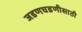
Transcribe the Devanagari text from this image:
जडणघडणीसाठी